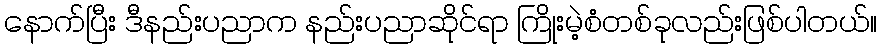
နောက်ပြီး ဒီနည်းပညာက နည်းပညာဆိုင်ရာ ကြိုးမဲ့စံတစ်ခုလည်းဖြစ်ပါတယ်။